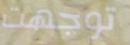
توجهت